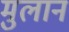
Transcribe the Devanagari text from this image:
मुलानं